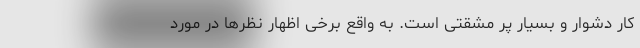
کار دشوار و بسیار پر مشقتی است. به واقع برخی اظهار نظرها در مورد